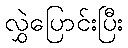
လွှဲပြောင်းပြီး